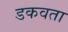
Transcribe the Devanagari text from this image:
डकवता